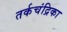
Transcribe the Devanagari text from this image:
तर्कचंद्रिका